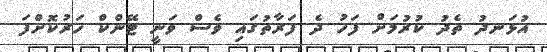
އުޅަނދު ތެދު ކުރުމަށް ފަހު ދެ ފަރާތުގައި ވެސް ވަނީ ޓޭންކް ހަރުކޮށްފަ